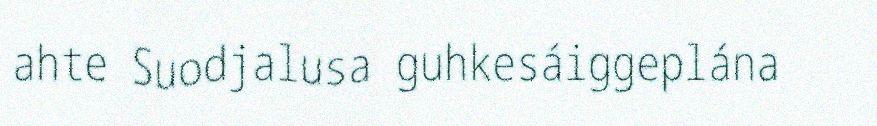
ahte Suodjalusa guhkesáiggeplána